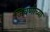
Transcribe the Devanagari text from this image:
जिवणीच्या